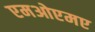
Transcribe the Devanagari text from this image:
एमओएमए